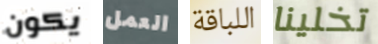
يكون العمل اللباقة تخلينا